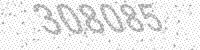
Solution: 308085